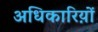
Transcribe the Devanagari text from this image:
अधिकारिय़ों